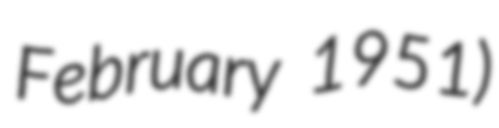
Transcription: February 1951)